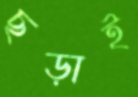
ছড়াই